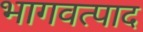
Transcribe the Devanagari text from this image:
भागवत्पाद